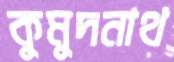
কুমুদনাথ